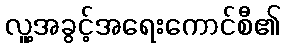
လူ့အခွင့်အရေးကောင်စီ၏